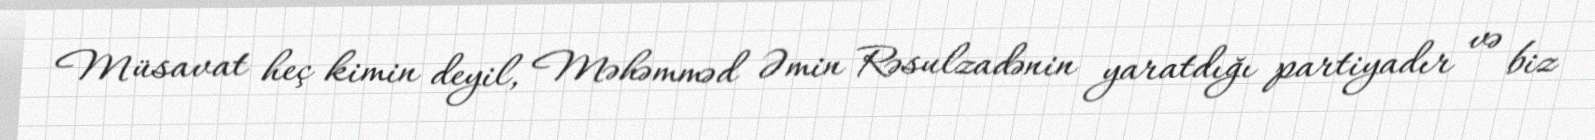
Müsavat heç kimin deyil, Məhəmməd Əmin Rəsulzadənin yaratdığı partiyadır və biz